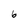
Character: 6